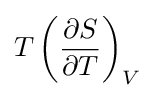
T\left({\frac {\partial S}{\partial T}}\right)_{V}